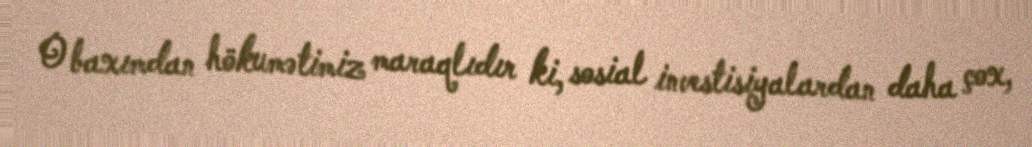
O baxımdan hökumətimiz maraqlıdır ki, sosial investisiyalardan daha çox,